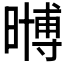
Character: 𭧧